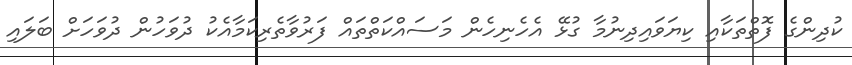
ކުދިންގެ ފޮތްތަކާއި ކިޔަވައިދިނުމާ ގުޅޭ އެހެނިހެން މަސައްކަތްތައް ފަރުވާތެރިކަމާއެކު ދުވަހުން ދުވަހަށް ބަލައި